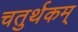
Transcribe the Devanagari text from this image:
चतुर्थकम्